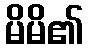
မိမိ၏